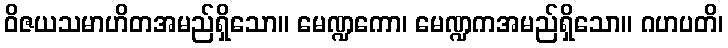
ဝိဇယသမာဟိတအမည်ရှိသော။ မေဏ္ဍကော၊ မေဏ္ဍကအမည်ရှိသော။ ဂဟပတိ၊